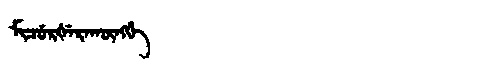
Manchu: ᠮᡳᠴᡠᡵᡧᡝᡵᠠᡴᡡᠩᡤᡝ
Romanization: MICURŠERAKŪNGGE